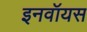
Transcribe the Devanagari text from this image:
इनवॉयस